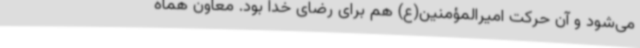
می‌شود و آن حرکت امیرالمؤمنین(ع) هم برای رضای خدا بود. معاون هماه